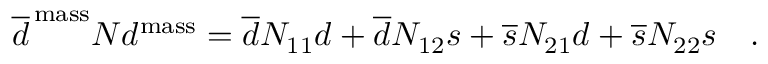
\overline { { d } } ^ { \mathrm { \, m a s s } } N d ^ { \mathrm { m a s s } } = \overline { { d } } N _ { 1 1 } d + \overline { { d } } N _ { 1 2 } s + \overline { { s } } N _ { 2 1 } d + \overline { { s } } N _ { 2 2 } s ~ ~ ~ .